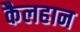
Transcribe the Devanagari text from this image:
कैलहान